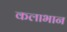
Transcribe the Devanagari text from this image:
कलाभान